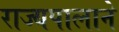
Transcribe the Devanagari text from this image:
राज्यपालाने